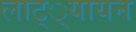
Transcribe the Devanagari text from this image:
लाट््यायन